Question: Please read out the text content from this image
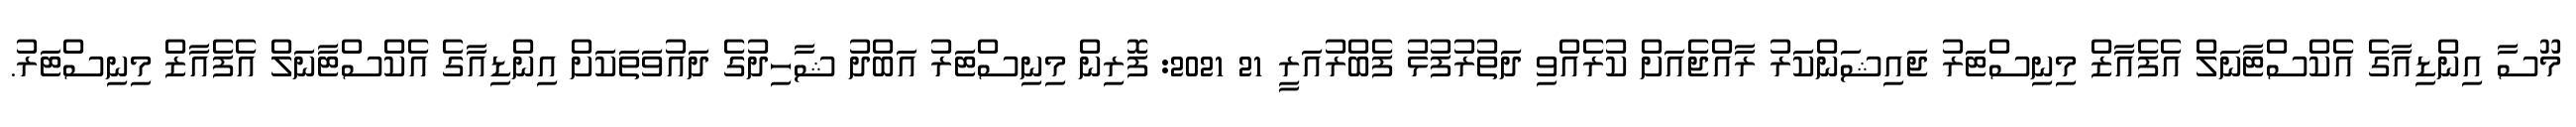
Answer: މޫސާ އިންޑިއާގެ އެކްސްޓާނަލް އެފެއާޒް މިނިސްޓަރު ޖައިޝަންކަރު ރާއްޖެއަށް ކުރެއްވި ދަތުރުފުޅު ފެބްރުއަރީ 21 2021: ފޮރިން މިނިސްޓަރު އަބްދު ޝާހިދުގެ ދައުވަތަކަށް އިންޑިއާގެ އެކްސްޓާނަލް އެފެއާޒް މިނިސްޓަރު.